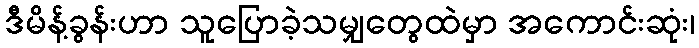
ဒီမိန့်ခွန်းဟာ သူပြောခဲ့သမျှတွေထဲမှာ အကောင်းဆုံး၊